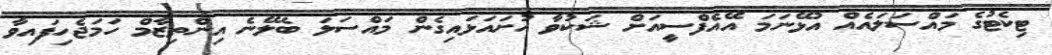
ޓިކެޓުގެ މައްސަލައެއް އުޅޭނަމަ އޭއެފްސީއަށް ޝަކުވާ ހުށައަޅައިގެން މައްސަލަ ބެލޭނެ އިންތިޒާމް ހަމަޖެހިފައިވާ